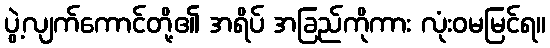
ပွဲ့လျက်ကောင်တို့၏ အရိပ် အခြည်ကိုကား လုံးဝမမြင်ရ။